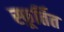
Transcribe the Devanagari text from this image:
स्फूर्तित